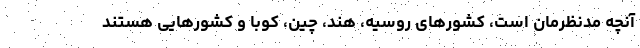
آنچه مدنظرمان است، کشورهای روسیه، هند، چین، کوبا و کشورهایی هستند